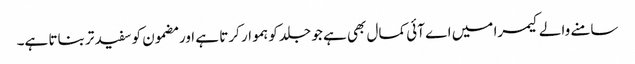
سامنے والے کیمرا میں اے آئی کمال بھی ہے جو جلد کو ہموار کرتا ہے اور مضمون کو سفید تر بناتا ہے۔